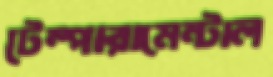
টেম্পারামেন্টাল